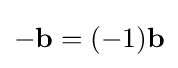
-\mathbf {b} =(-1)\mathbf {b}